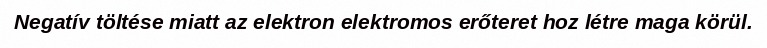
Negatív töltése miatt az elektron elektromos erőteret hoz létre maga körül.